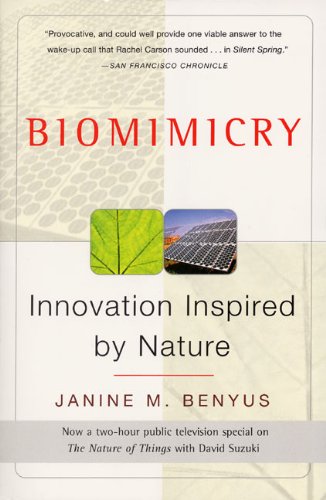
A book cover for Biomimicry: Innovation Inspired by Nature; Janine M. Benyus; Science & Math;